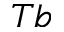
_ { T b }